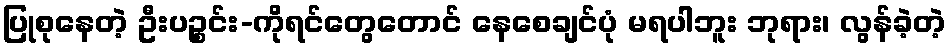
ပြုစုနေတဲ့ ဦးပဉ္စင်း-ကိုရင်တွေတောင် နေစေချင်ပုံ မရပါဘူး ဘုရား၊ လွန်ခဲ့တဲ့